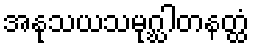
အနုသယသမုဂ္ဃါတနတ္ထံ